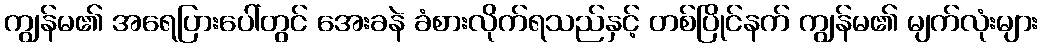
ကျွန်မ၏ အရေပြားပေါ်တွင် အေးခနဲ ခံစားလိုက်ရသည်နှင့် တစ်ပြိုင်နက် ကျွန်မ၏ မျက်လုံးများ